Indian journal of veterinary science and animal husbandry - Volume 1,
Year: 1931
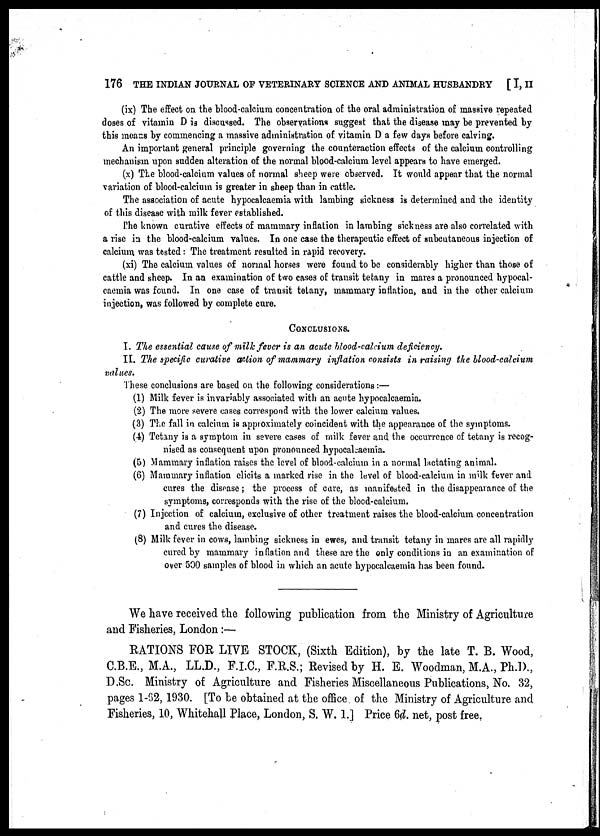
176 THE INDIAN JOURNAL OF VETERINARY SCIENCE AND ANIMAL HUSBANDRY [ I, II
(ix) The effect on the blood-calcium concentration of the oral administration of massive repeated
doses of vitamin D is discussed. The observations suggest that the disease may be prevented by
this means by commencing a massive administration of vitamin D a few days before calving.
An important general principle governing the counteraction effects of the calcium controlling
mechanism upon sudden alteration of the normal blood-calcium level appears to have emerged.
(x) The blood-calcium values of normal sheep were observed. It would appear that the normal
variation of blood-calcium is greater in sheep than in cattle.
The association of acute hypocalcaemia with lambing sickness is determined and the identity
of this disease with milk fever established.
The known curative effects of mammary inflation in lambing sickness are also correlated with
a rise in the blood-calcium values. In one case the therapeutic effect of subcutaneous injection of
calcium was tested: The treatment resulted in rapid recovery.
(xi) The calcium values of normal horses were found to be considerably higher than those of
cattle and sheep. In an examination of two cases of transit tetany in mares a pronounced hypocal-
caemia was found. In one case of transit tetany, mammary inflation, and in the other calcium
injection, was followed by complete cure.
CONCLUSIONS.
I. The essential cause of milk fever is an acute blood-calcium deficiency.
II. The specific curative action of mammary inflation consists in raising the blood-calcium
values.
These conclusions are based on the following considerations:—
(1) Milk fever is invariably associated with an acute hypocalcaemia.
(2) The more severe cases correspond with the lower calcium values.
(3) The fall in calcium is approximately coincident with the appearance of the symptoms.
(4) Tetany is a symptom in severe cases of milk fever and the occurrence of tetany is recog-
nised as consequent upon pronounced hypocalcaemia.
(5) Mammary inflation raises the level of blood-calcium in a normal lactating animal.
(6) Mammary inflation elicits a marked rise in the level of blood-calcium in milk fever and
cures the disease; the process of cure, as manifested in the disappearance of the
symptoms, corresponds with the rise of the blood-calcium.
(7) Injection of calcium, exclusive of other treatment raises the blood-calcium concentration
and cures the disease.
(8) Milk fever in cows, lambing sickness in ewes, and transit tetany in mares are all rapidly
cured by mammary inflation and these are the only conditions in an examination of
over 500 samples of blood in which an acute hypocalcaemia has been found.
We have received the following publication from the Ministry of Agriculture
and Fisheries, London :—
RATIONS FOR LIVE STOCK, (Sixth Edition), by the late T. B. Wood,
C.B.E., M.A., LL.D., F.I.C., F.R.S.; Revised by H. E. Woodman, M.A., Ph.D.,
D.Sc. Ministry of Agriculture and Fisheries Miscellaneous Publications, No. 32,
pages 1-62, 1930. [To be obtained at the office of the Ministry of Agriculture and
Fisheries, 10, Whitehall Place, London, S. W. 1.] Price 6d. net, post free.